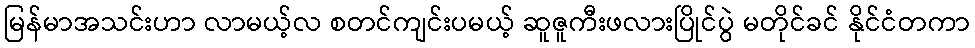
မြန်မာအသင်းဟာ လာမယ့်လ စတင်ကျင်းပမယ့် ဆူဇူကီးဖလားပြိုင်ပွဲ မတိုင်ခင် နိုင်ငံတကာ